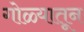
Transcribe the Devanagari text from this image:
गोळ्यातून